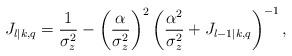
LaTeX: \begin{align*}J_{l|k,q}=\frac{1}{\sigma_z^2}-\left(\frac{\alpha}{\sigma_z^2}\right)^2\left(\frac{\alpha^2}{\sigma_z^2}+J_{l-1|k,q}\right)^{-1},\end{align*}